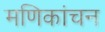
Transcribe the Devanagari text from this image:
मणिकांचन